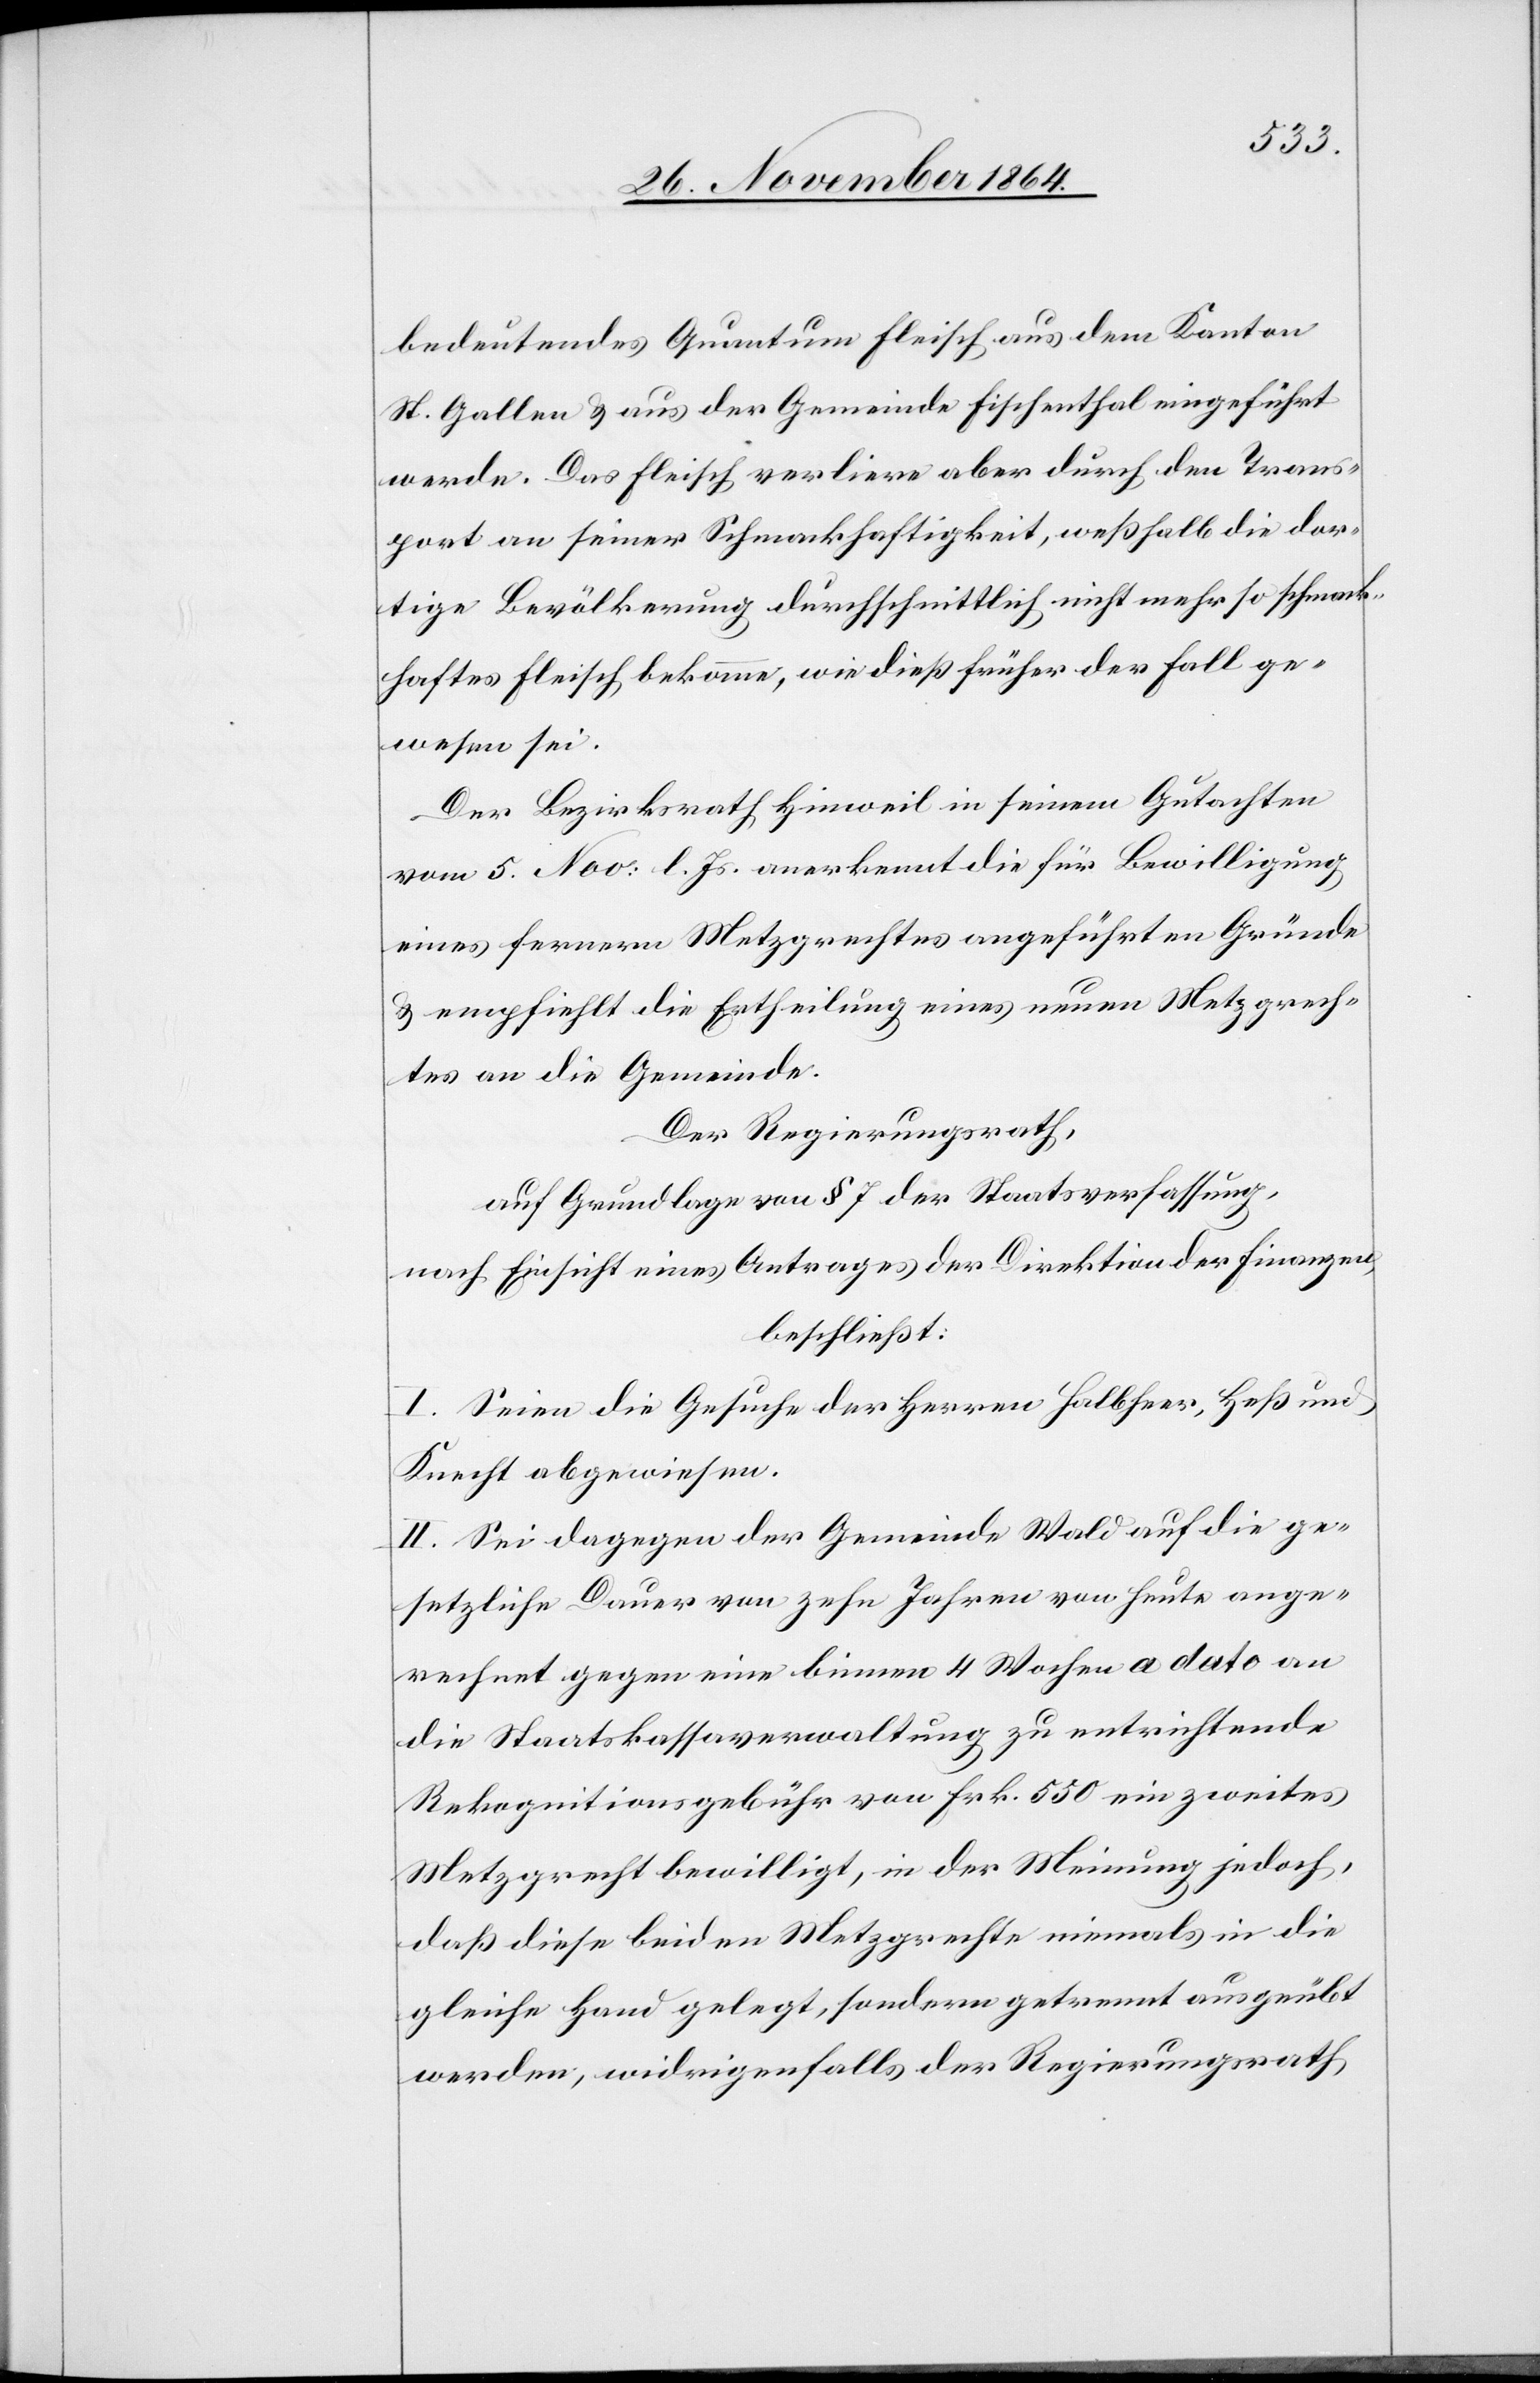
bedeutendes Quantum Fleisch aus dem Kanton
St. Gallen & aus der Gemeinde Fischenthal eingeführt
werde. Das Fleisch verliere aber durch den Trans¬
port an seiner Schmackhaftigkeit, weßhalb die dor¬
tige Bevölkerung durchschnittlich nicht mehr so schmack¬
haftes Fleisch bekomme, wie dieß früher der Fall ge¬
wesen sei.
Der Bezirksrath Hinweil in seinem Gutachten
vom 5. Nov. l. Js. anerkennt die für Bewilligung
eines fernern Metzgrechtes angeführten Gründe
& empfiehlt die Ertheilung eines neuen Metzgrech¬
tes an die Gemeinde.
Der Regierungsrath,
auf Grundlage von § 7 der Staatsverfassung,
nach Einsicht eines Antrages der Direktion der Finanzen,
beschließt:
I. Seien die Gesuche der Herren Halbheer, Heß und
Knecht abgewiesen.
II. Sei dagegen der Gemeinde Wald auf die ge¬
setzliche Dauer von zehn Jahren von heute ange¬
rechnet gegen eine binnen 4 Wochen a dato an
die Staatskassaverwaltung zu entrichtende
Rekognitionsgebühr von Frk. 550 ein zweites
Metzgrecht bewilligt, in der Meinung jedoch,
daß diese beiden Metzgrechte niemals in die
gleiche Hand gelegt, sondern getrennt ausgeübt
werden, widrigenfalls der Regierungsrath